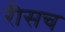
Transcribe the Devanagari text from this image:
रीसच